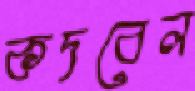
কদবেল